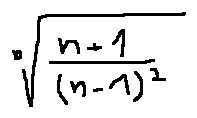
\sqrt [ n ] { \frac { n + 1 } { ( n - 1 ) ^ { 2 } } }